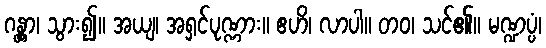
ဂန္တွာ၊ သွား၍။ အယျ၊ အရှင်ပုဏ္ဏား။ ဧဟိ၊ လာပါ။ တဝ၊ သင်၏။ မဏ္ဍပ္ပံ၊